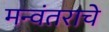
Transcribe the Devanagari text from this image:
मन्वंतराचे